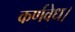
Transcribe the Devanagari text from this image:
कर्णवेध।